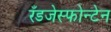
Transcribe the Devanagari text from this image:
रँडजेस्फोन्टेन